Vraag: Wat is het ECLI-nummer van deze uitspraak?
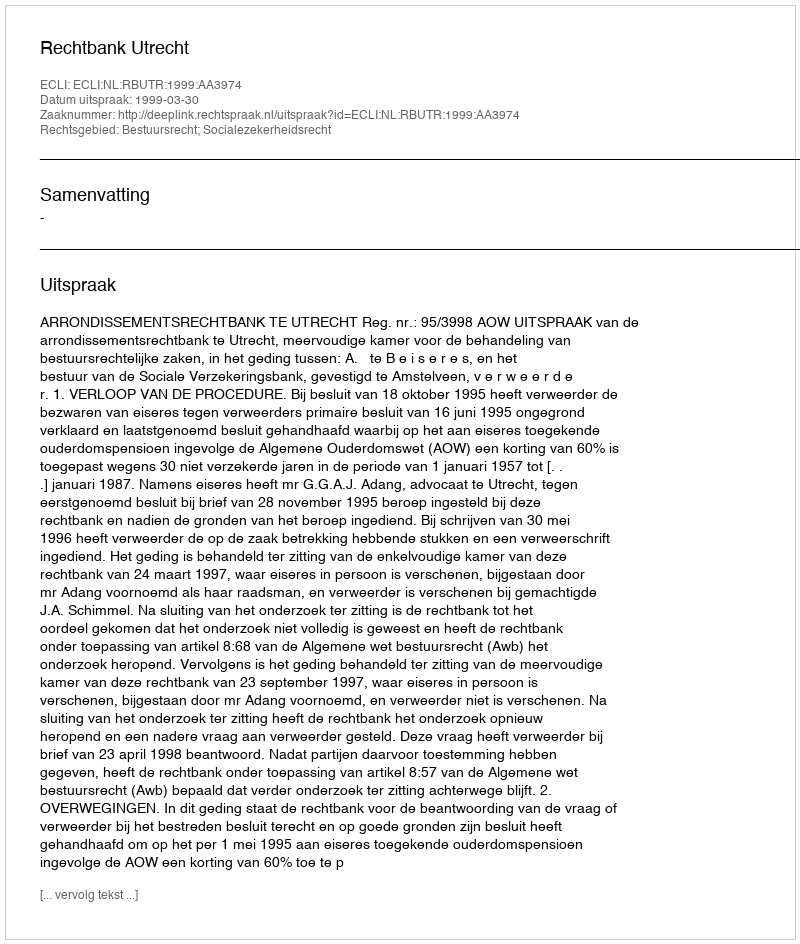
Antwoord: ECLI:NL:RBUTR:1999:AA3974